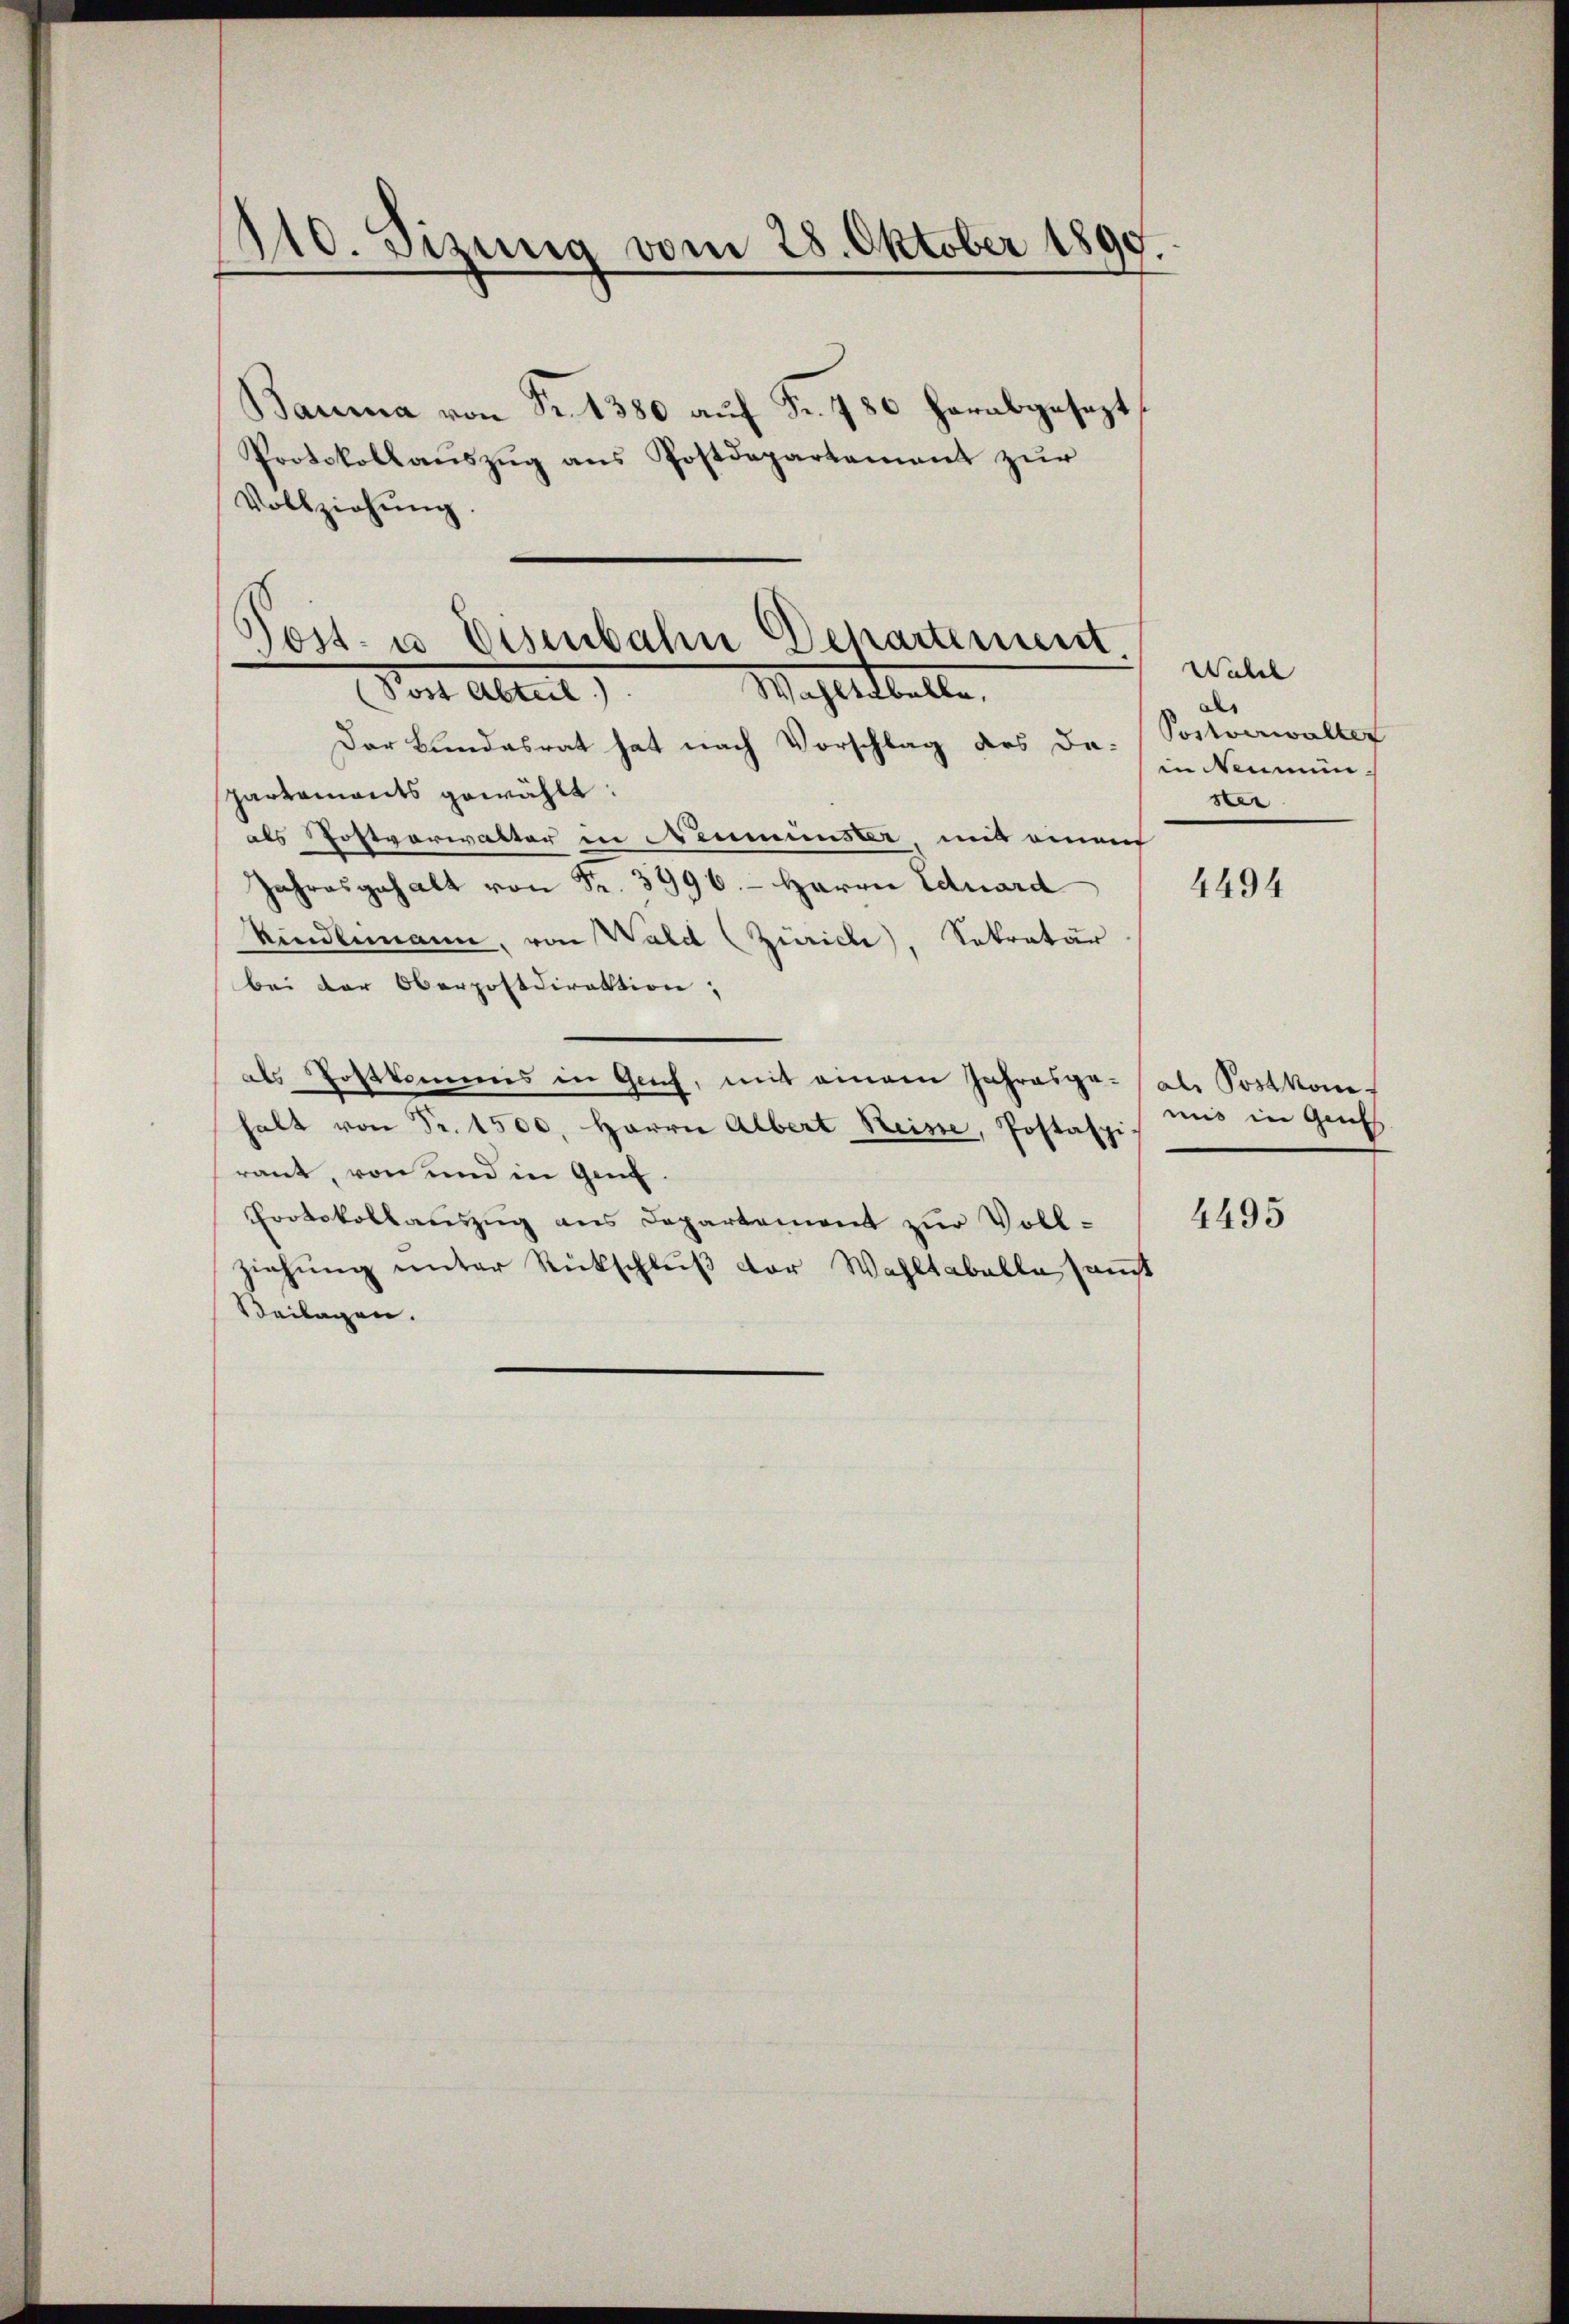
110. Jezung vom 28. Oktober 1890.

Bauma von Fr. 1380 auf Fr. 780 herabgesezt
Protokollaŭszŭg ans Postdepartement zŭr
Vollziehŭng.
e

Post. u. Eisenbahn Departement.
Mahlettelte.

Von Altert
Der Bundesrat hat nach Vorschlag des Da-
partamants gewählt:
als Postverwalter in Neumünster, mit einen
Jahresgehalt von Fr. 3996.- Herrn Eduard
Kindemann, von Wald (Zürich), Sekretär
bei der Oberpostdirektion,
als Tostkommis in Graf, mit einem Jahresga- (als Postkomhalt von Fr. 1500. Herrn Albert Reise, Postaspi
raut, von und in Genf.
Protokollauszug aus Departement zur Vollziehung unter Rückschluß der Wahltabelle, sanst
Beilagen.

Wahrl
als
Postverwalter
in Neumünster

4494

mis in Gauts
4495